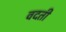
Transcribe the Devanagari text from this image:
वदती